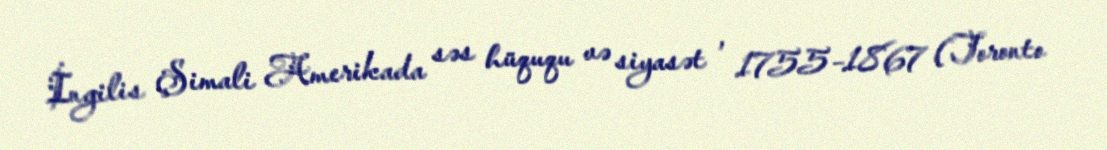
İngilis Şimali Amerikada səs hüququ və siyasət , 1755–1867 (Toronto